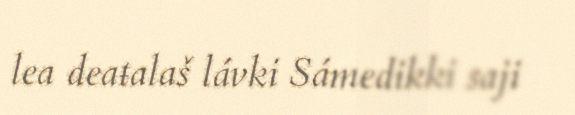
lea deaŧalaš lávki Sámedikki saji